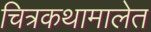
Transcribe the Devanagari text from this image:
चित्रकथामालेत